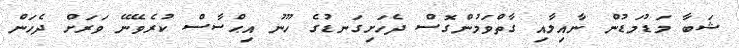
ޝަބާ މަޑުމަޑުން ނާއިލާއި ގާތްވަމުންގޮސް ދެހަށިގަނޑުގެ ހޫނު އިޙްސާސް ކުރެވޭނޭ ވަރަށް ދެހަން